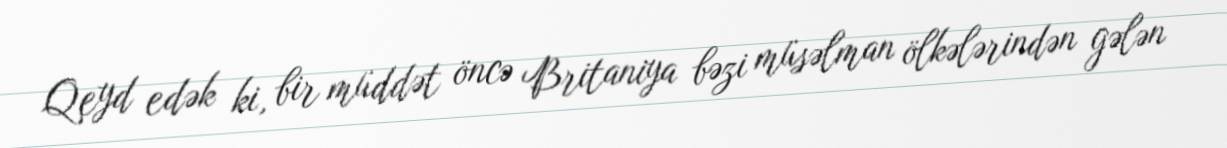
Qeyd edək ki, bir müddət öncə Britaniya bəzi müsəlman ölkələrindən gələn